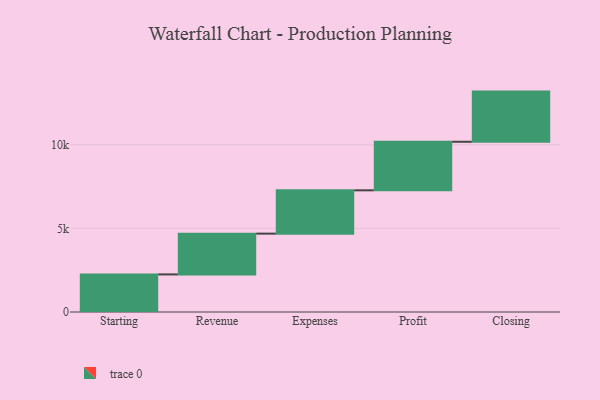
{"axis": {"x": "Step", "y": "Value"}, "legend": [""], "data": [{"x": "Starting", "y": 2248.0, "type": ""}, {"x": "Revenue", "y": 2438.0, "type": ""}, {"x": "Expenses", "y": 2590.0, "type": ""}, {"x": "Profit", "y": 2903.0, "type": ""}, {"x": "Closing", "y": 3000, "type": ""}]}